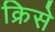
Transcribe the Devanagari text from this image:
क्रिसे